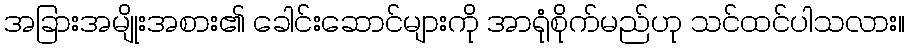
အခြားအမျိုးအစား၏ ခေါင်းဆောင်များကို အာရုံစိုက်မည်ဟု သင်ထင်ပါသလား။